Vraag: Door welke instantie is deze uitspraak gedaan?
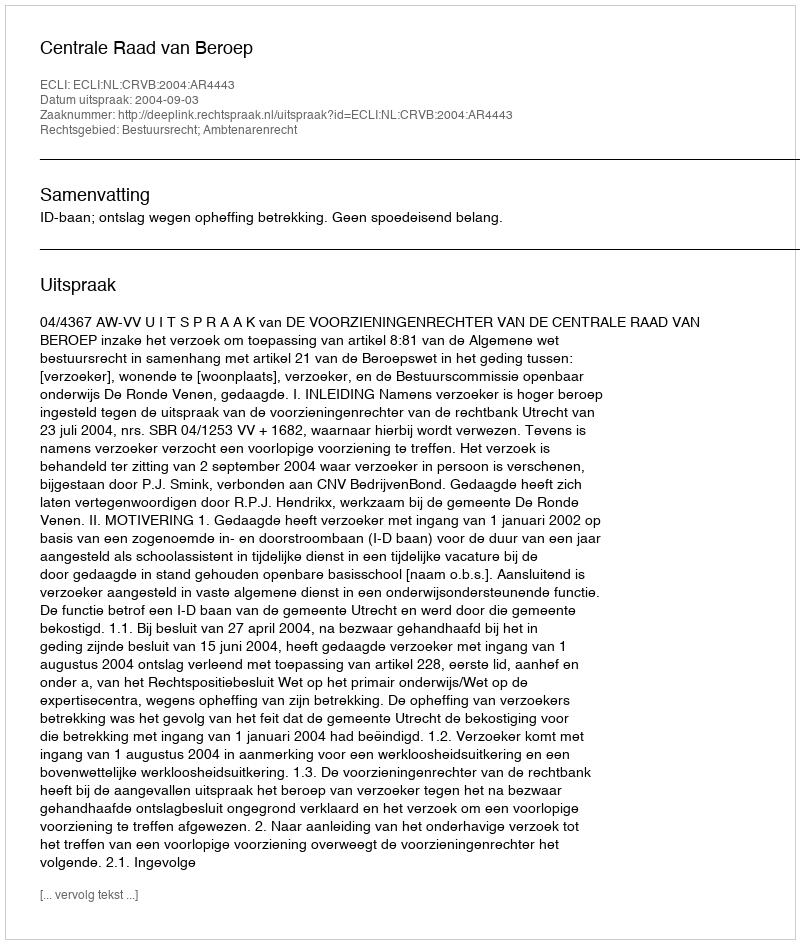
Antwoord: Centrale Raad van Beroep